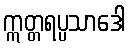
ဣတ္တရပ္ပသာဒေါ